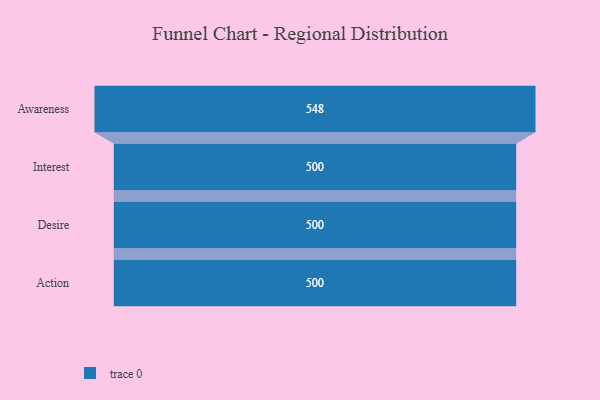
{"axis": {"x": "Stage", "y": "Value"}, "legend": [""], "data": [{"x": "Awareness", "y": 548.0, "type": ""}, {"x": "Interest", "y": 500, "type": ""}, {"x": "Desire", "y": 500, "type": ""}, {"x": "Action", "y": 500, "type": ""}]}